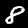
Label: 8